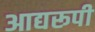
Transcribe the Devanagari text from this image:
आद्यरूपी